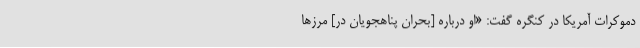
دموکرات آمریکا در کنگره گفت:‌ «او درباره [بحران پناهجویان در] مرزها